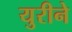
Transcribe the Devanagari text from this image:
युरीने